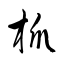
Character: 柧